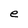
Character: e